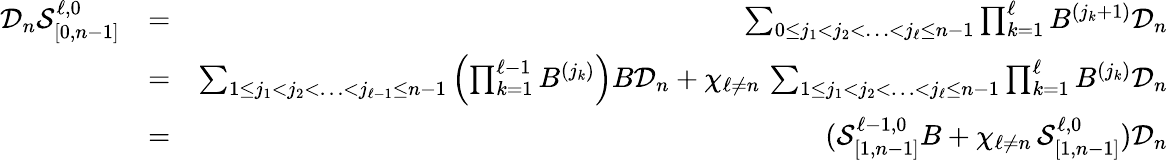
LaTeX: \begin{array}{rlr}{\mathcal{D}_{n}\mathcal{S}_{[0,n-1]}^{\ell,0}}&{=}&{\sum_{0\leq j_{1}<j_{2}<\ldots<j_{\ell}\leq n-1}\prod_{k=1}^{\ell}B^{(j_{k}+1)}\mathcal{D}_{n}}\\ &{=}&{\sum_{1\leq j_{1}<j_{2}<\ldots<j_{\ell-1}\leq n-1}\left(\prod_{k=1}^{\ell-1}B^{(j_{k})}\right)B\mathcal{D}_{n}+\chi_{\ell\neq n}\, \sum_{1\leq j_{1}<j_{2}<\ldots<j_{\ell}\leq n-1}\prod_{k=1}^{\ell}B^{(j_{k})}\mathcal{D}_{n}}\\ &{=}&{(\mathcal{S}_{[1,n-1]}^{\ell-1,0}B+\chi_{\ell\neq n}\, \mathcal{S}_{[1,n-1]}^{\ell,0})\mathcal{D}_{n}}\end{array}